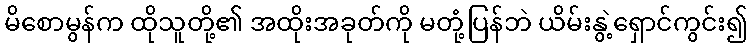
မိစောမွန်က ထိုသူတို့၏ အထိုးအခုတ်ကို မတုံ့ပြန်ဘဲ ယိမ်းနွဲ့ရှောင်ကွင်း၍